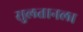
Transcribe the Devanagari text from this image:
सुलतानला